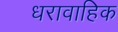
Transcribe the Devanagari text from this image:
धरावाहिक